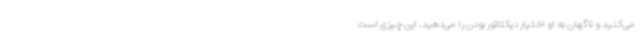
می‌کنید و ناگهان به او اختیار دیکتاتور بودن را می‌دهید. این چیزی است